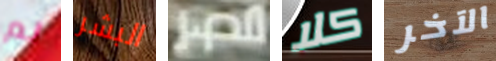
لم البشر مصر كلا الآخر